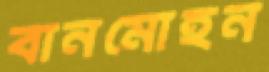
বানমোহন